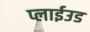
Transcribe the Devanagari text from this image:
प्लाईउड